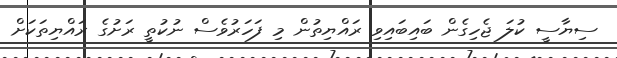
ސިޔާސީ ކުލަ ޖެހިގެން ބައިބައިވި ރައްޔިތުން މި ފަހަރުވެސް ނުކުތީ ރަށުގެ ރައްޔިތަކަށް